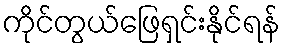
ကိုင်တွယ်ဖြေရှင်းနိုင်ရန်